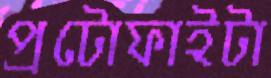
প্রটোফাইটা